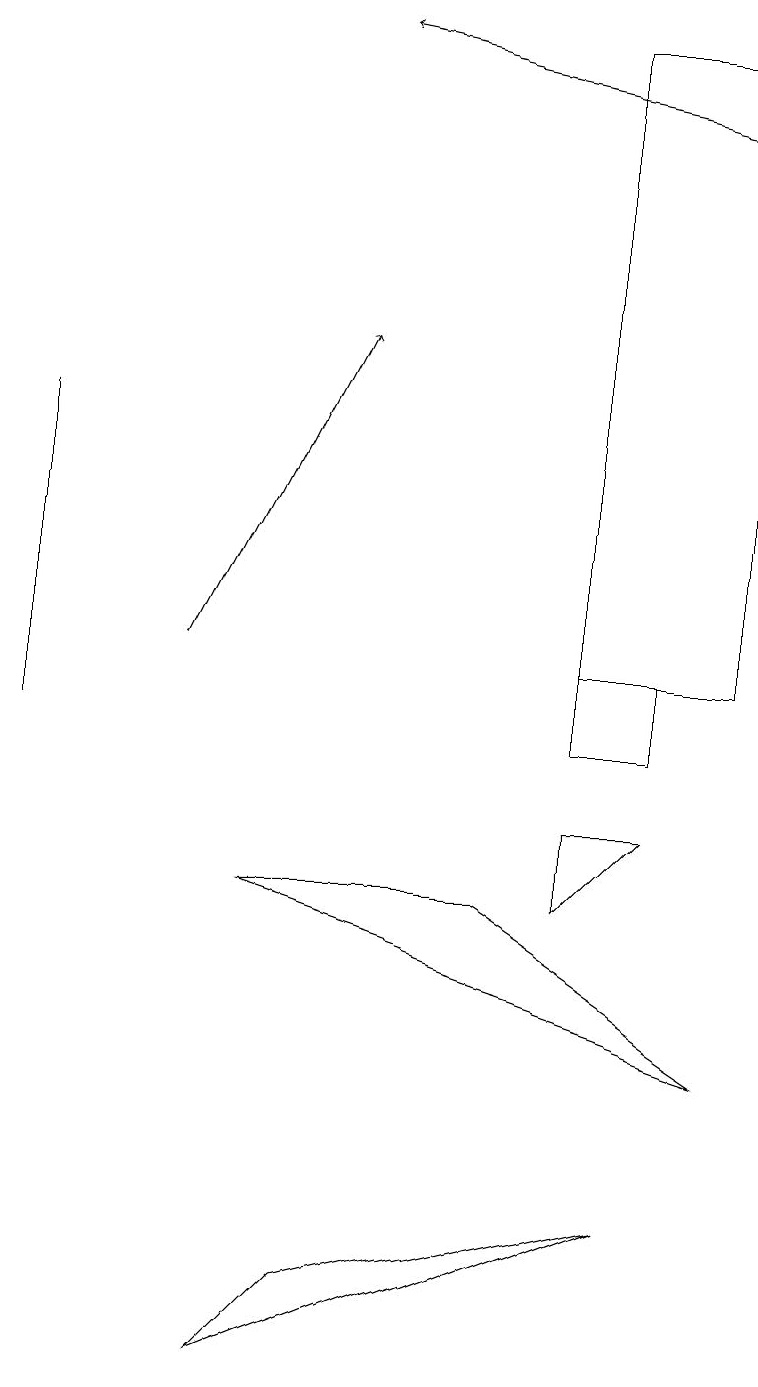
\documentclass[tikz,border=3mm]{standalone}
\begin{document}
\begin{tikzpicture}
\draw (7,11) rectangle (8,10);
\draw (7,19) rectangle (9,11);
\draw (8,4) -- (3,2) -- (4,3) -- cycle;
\draw (6,8) -- (9,6) -- (3,8) -- cycle;
\draw (7,9) -- (7,8) -- (8,9) -- cycle;
\draw[->] (2,11) -- (4,15);
\draw[->] (9,18) -- (4,19);
\draw (0,14) rectangle (0,10);
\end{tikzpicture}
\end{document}